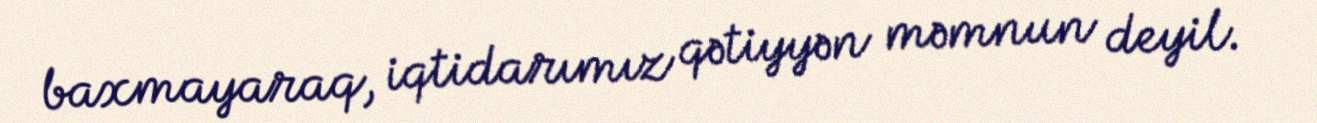
baxmayaraq, iqtidarımız qətiyyən məmnun deyil.